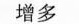
增多